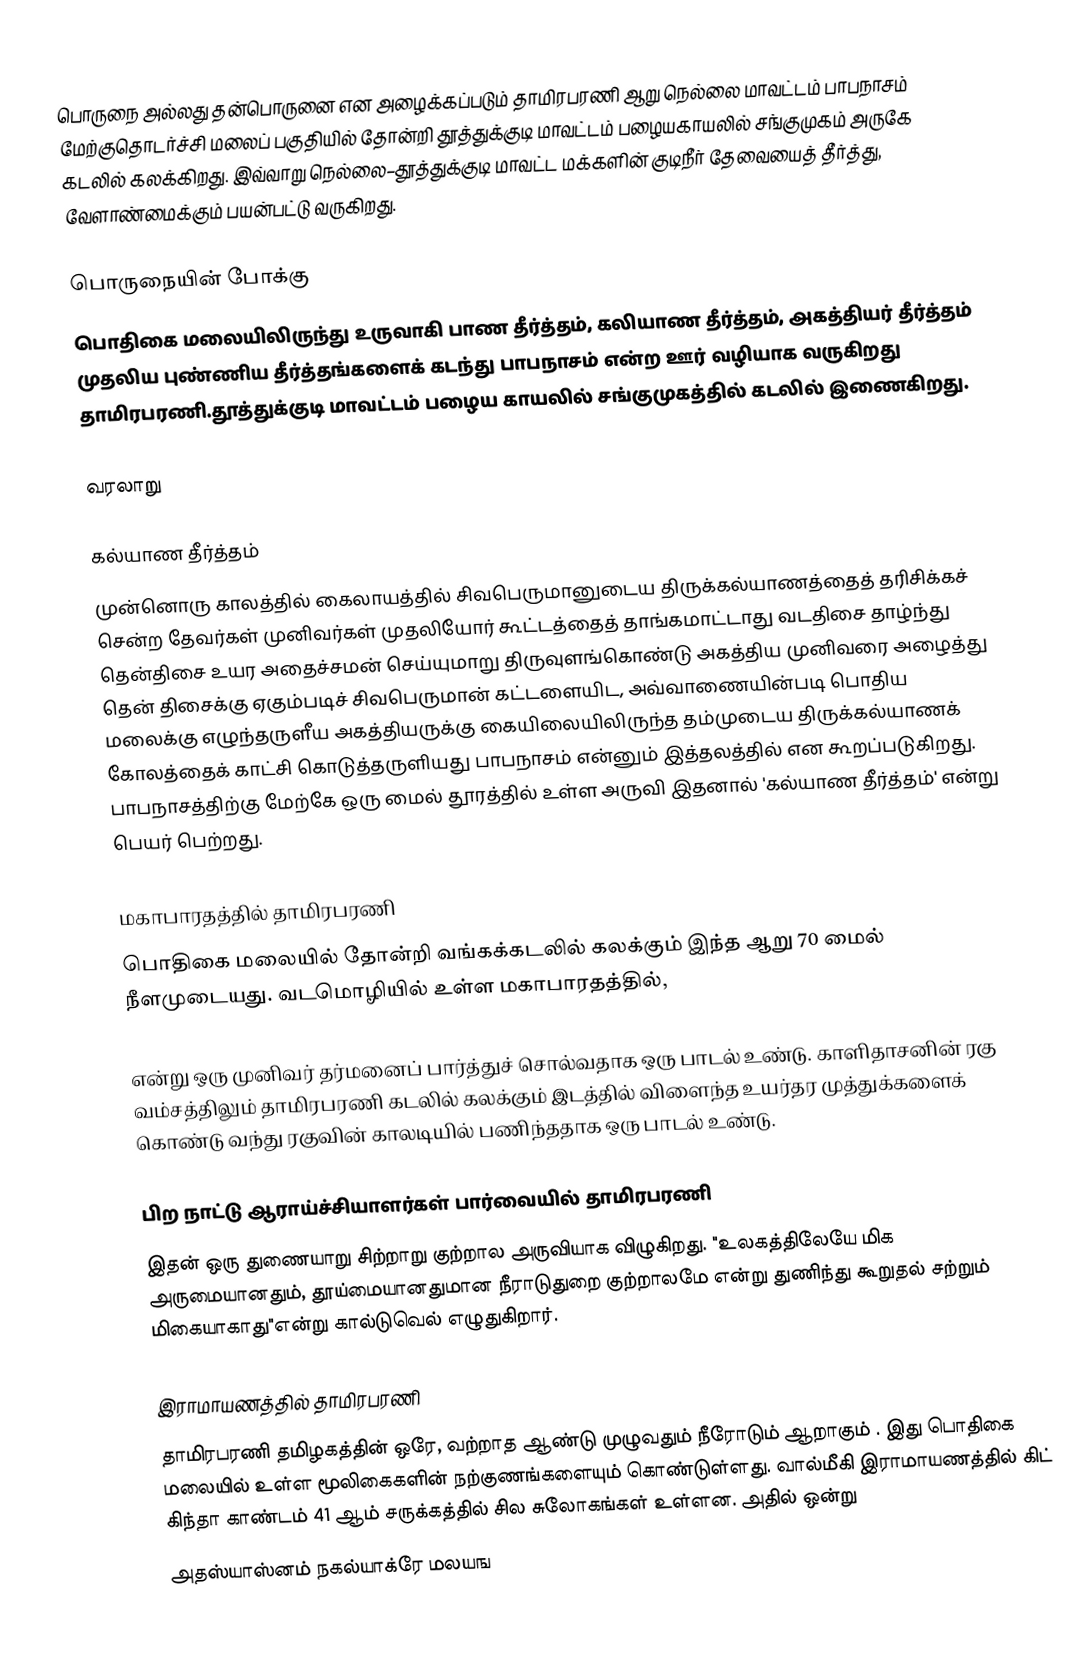
பொருநை அல்லது தன்பொருனை என அழைக்கப்படும் தாமிரபரணி ஆறு நெல்லை மாவட்டம் பாபநாசம் மேற்குதொடர்ச்சி மலைப் பகுதியில் தோன்றி தூத்துக்குடி மாவட்டம் பழையகாயலில் சங்குமுகம் அருகே கடலில் கலக்கிறது. இவ்வாறு நெல்லை–தூத்துக்குடி மாவட்ட மக்களின் குடிநீர் தேவையைத் தீர்த்து, வேளாண்மைக்கும் பயன்பட்டு வருகிறது.

பொருநையின் போக்கு
பொதிகை மலையிலிருந்து உருவாகி பாண தீர்த்தம், கலியாண தீர்த்தம், அகத்தியர் தீர்த்தம் முதலிய புண்ணிய தீர்த்தங்களைக் கடந்து பாபநாசம் என்ற ஊர் வழியாக வருகிறது தாமிரபரணி.தூத்துக்குடி மாவட்டம் பழைய காயலில் சங்குமுகத்தில் கடலில் இணைகிறது.

வரலாறு

கல்யாண தீர்த்தம்
முன்னொரு காலத்தில் கைலாயத்தில் சிவபெருமானுடைய திருக்கல்யாணத்தைத் தரிசிக்கச் சென்ற தேவர்கள் முனிவர்கள் முதலியோர் கூட்டத்தைத் தாங்கமாட்டாது வடதிசை தாழ்ந்து தென்திசை உயர அதைச்சமன் செய்யுமாறு திருவுளங்கொண்டு அகத்திய முனிவரை அழைத்து தென் திசைக்கு ஏகும்படிச் சிவபெருமான் கட்டளையிட, அவ்வாணையின்படி பொதிய மலைக்கு எழுந்தருளீய அகத்தியருக்கு கையிலையிலிருந்த தம்முடைய திருக்கல்யாணக் கோலத்தைக் காட்சி கொடுத்தருளியது பாபநாசம் என்னும் இத்தலத்தில் என கூறப்படுகிறது. பாபநாசத்திற்கு மேற்கே ஒரு மைல் தூரத்தில் உள்ள அருவி இதனால் 'கல்யாண தீர்த்தம்' என்று பெயர் பெற்றது.

மகாபாரதத்தில் தாமிரபரணி
பொதிகை மலையில் தோன்றி வங்கக்கடலில் கலக்கும் இந்த ஆறு 70 மைல் நீளமுடையது. வடமொழியில் உள்ள மகாபாரதத்தில்,

என்று ஒரு முனிவர் தர்மனைப் பார்த்துச் சொல்வதாக ஒரு பாடல் உண்டு. காளிதாசனின் ரகு வம்சத்திலும் தாமிரபரணி கடலில் கலக்கும் இடத்தில் விளைந்த உயர்தர முத்துக்களைக் கொண்டு வந்து ரகுவின் காலடியில் பணிந்ததாக ஒரு பாடல் உண்டு.

பிற நாட்டு ஆராய்ச்சியாளர்கள் பார்வையில் தாமிரபரணி
இதன் ஒரு துணையாறு சிற்றாறு குற்றால அருவியாக விழுகிறது. "உலகத்திலேயே மிக அருமையானதும், தூய்மையானதுமான நீராடுதுறை குற்றாலமே என்று துணிந்து கூறுதல் சற்றும் மிகையாகாது"என்று கால்டுவெல் எழுதுகிறார்.

இராமாயணத்தில் தாமிரபரணி
தாமிரபரணி தமிழகத்தின்  ஒரே, வற்றாத ஆண்டு முழுவதும் நீரோடும் ஆறாகும் . இது பொதிகை மலையில் உள்ள மூலிகைகளின் நற்குணங்களையும் கொண்டுள்ளது. வால்மீகி இராமாயணத்தில்  கிட் கிந்தா காண்டம் 41 ஆம் சருக்கத்தில் சில சுலோகங்கள் உள்ளன. அதில் ஒன்று
அதஸ்யாஸ்னம் நகல்யாக்ரே மலயங